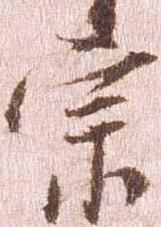
宗